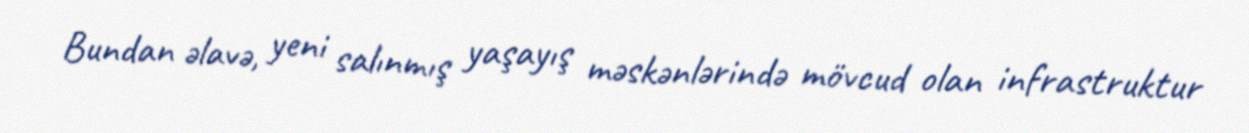
Bundan əlavə, yeni salınmış yaşayış məskənlərində mövcud olan infrastruktur